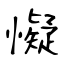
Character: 懝